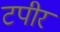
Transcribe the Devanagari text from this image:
टपीर